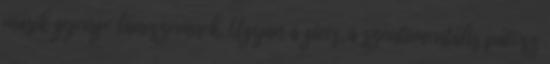
másik gyenge láncszemnek. Ugyan a giccs, a szentimentális pátosz